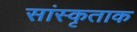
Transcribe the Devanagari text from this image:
सांस्कृताक